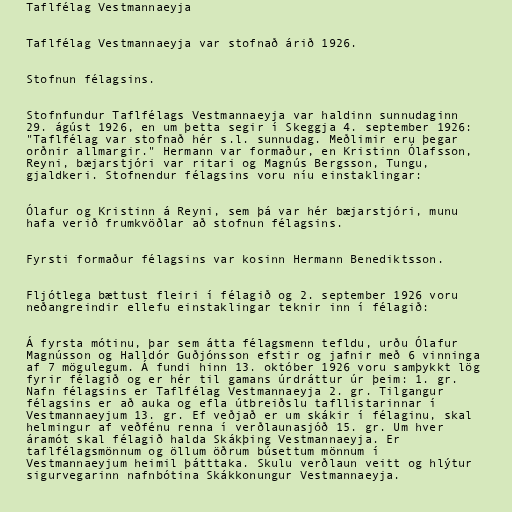
Taflfélag Vestmannaeyja

Taflfélag Vestmannaeyja var stofnað árið 1926.

Stofnun félagsins.

Stofnfundur Taflfélags Vestmannaeyja var haldinn sunnudaginn
29. ágúst 1926, en um þetta segir í Skeggja 4. september 1926:
"Taflfélag var stofnað hér s.l. sunnudag. Meðlimir eru þegar
orðnir allmargir." Hermann var formaður, en Kristinn Ólafsson,
Reyni, bæjarstjóri var ritari og Magnús Bergsson, Tungu,
gjaldkeri. Stofnendur félagsins voru níu einstaklingar:

Ólafur og Kristinn á Reyni, sem þá var hér bæjarstjóri, munu
hafa verið frumkvöðlar að stofnun félagsins.

Fyrsti formaður félagsins var kosinn Hermann Benediktsson.

Fljótlega bættust fleiri í félagið og 2. september 1926 voru
neðangreindir ellefu einstaklingar teknir inn í félagið:

Á fyrsta mótinu, þar sem átta félagsmenn tefldu, urðu Ólafur
Magnússon og Halldór Guðjónsson efstir og jafnir með 6 vinninga
af 7 mögulegum. Á fundi hinn 13. október 1926 voru samþykkt lög
fyrir félagið og er hér til gamans úrdráttur úr þeim: 1. gr.
Nafn félagsins er Taflfélag Vestmannaeyja 2. gr. Tilgangur
félagsins er að auka og efla útbreiðslu tafllistarinnar í
Vestmannaeyjum 13. gr. Ef veðjað er um skákir í félaginu, skal
helmingur af veðfénu renna í verðlaunasjóð 15. gr. Um hver
áramót skal félagið halda Skákþing Vestmannaeyja. Er
taflfélagsmönnum og öllum öðrum búsettum mönnum í
Vestmannaeyjum heimil þátttaka. Skulu verðlaun veitt og hlýtur
sigurvegarinn nafnbótina Skákkonungur Vestmannaeyja.